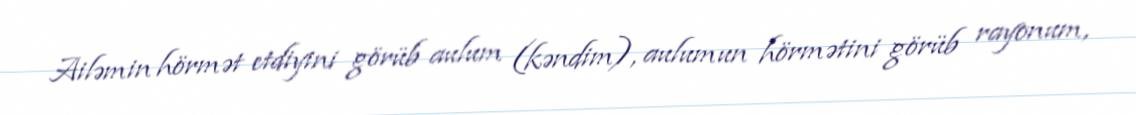
Ailəmin hörmət etdiyini görüb aulum (kəndim), aulumun hörmətini görüb rayonum,